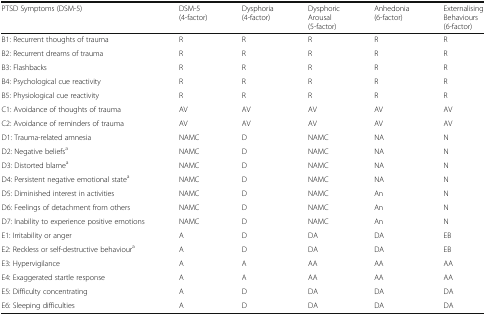
| PTSD Symptoms (DSM-5) | DSM-5(4-factor) | Dysphoria(4-factor) | Dysphoric Arousal(5-factor) | Anhedonia(6-factor) | Externalising Behaviours(6-factor) |
 | --- | --- | --- | --- | --- | --- |
 | B1: Recurrent thoughts of trauma | R | R | R | R | R |
 | B2: Recurrent dreams of trauma | R | R | R | R | R |
 | B3: Flashbacks | R | R | R | R | R |
 | B4: Psychological cue reactivity | R | R | R | R | R |
 | B5: Physiological cue reactivity | R | R | R | R | R |
 | C1: Avoidance of thoughts of trauma | AV | AV | AV | AV | AV |
 | C2: Avoidance of reminders of trauma | AV | AV | AV | AV | AV |
 | D1: Trauma-related amnesia | NAMC | D | NAMC | NA | N |
 | D2: Negative beliefsa | NAMC | D | NAMC | NA | N |
 | D3: Distorted blamea | NAMC | D | NAMC | NA | N |
 | D4: Persistent negative emotional statea | NAMC | D | NAMC | NA | N |
 | D5: Diminished interest in activities | NAMC | D | NAMC | An | N |
 | D6: Feelings of detachment from others | NAMC | D | NAMC | An | N |
 | D7: Inability to experience positive emotions | NAMC | D | NAMC | An | N |
 | E1: Irritability or anger | A | D | DA | DA | EB |
 | E2: Reckless or self-destructive behavioura | A | D | DA | DA | EB |
 | E3: Hypervigilance | A | A | AA | AA | AA |
 | E4: Exaggerated startle response | A | A | AA | AA | AA |
 | E5: Difficulty concentrating | A | D | DA | DA | DA |
 | E6: Sleeping difficulties | A | D | DA | DA | DA |